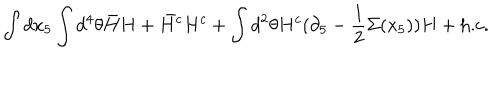
\int d x _ { 5 } \int d ^ { 4 } \theta \bar { H } H + \bar { H ^ { c } } H ^ { c } + \int d ^ { 2 } \theta H ^ { c } ( \partial _ { 5 } - \frac { 1 } { 2 } \Sigma ( x _ { 5 } ) ) H + \mathrm { h . c . }